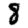
Digit: 8